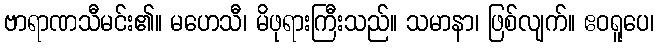
ဗာရာဏသီမင်း၏။ မဟေသီ၊ မိဖုရားကြီးသည်။ သမာနာ၊ ဖြစ်လျက်။ ဧဝရူပေ၊